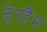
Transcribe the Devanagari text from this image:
डेनहैम